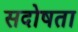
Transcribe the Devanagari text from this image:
सदोषता